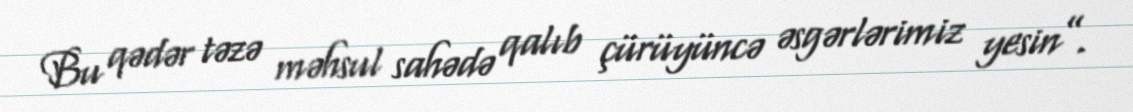
Bu qədər təzə məhsul sahədə qalıb çürüyüncə əsgərlərimiz yesin”.